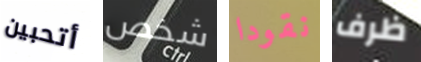
أتحبين شخص نقودا ظرف